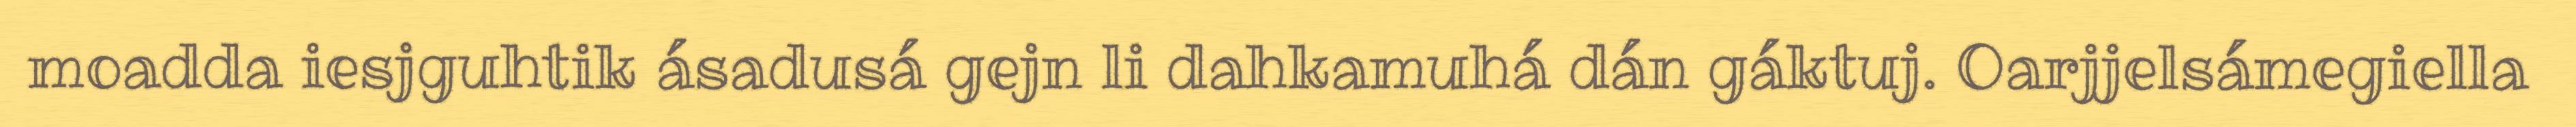
moadda iesjguhtik ásadusá gejn li dahkamuhá dán gáktuj. Oarjjelsámegiella